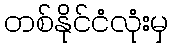
တစ်နိုင်ငံလုံးမှ